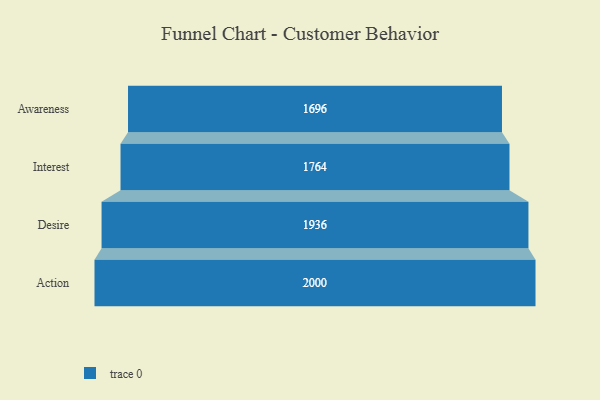
{"axis": {"x": "Stage", "y": "Value"}, "legend": [""], "data": [{"x": "Awareness", "y": 1696.0, "type": ""}, {"x": "Interest", "y": 1764.0, "type": ""}, {"x": "Desire", "y": 1936.0, "type": ""}, {"x": "Action", "y": 2000, "type": ""}]}